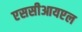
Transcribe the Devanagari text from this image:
एससीआयएल